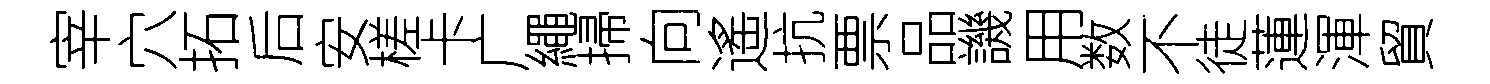
宰穴拓后安槎卡广繩掃向遙抗票品譏用数不徒蓮渾貿